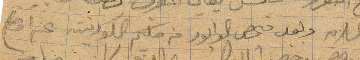
بالسلامة وبعد فحص الوابور من حكم الكورنيته ...